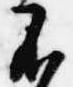
不